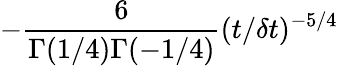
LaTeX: -\frac{6}{\Gamma(1/4)\Gamma(-1/4)}(t/\delta t)^{-5/4}